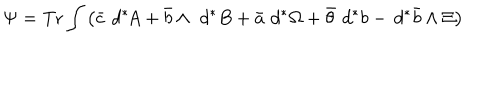
\Psi = \mathrm { T r } \int \left( \bar { c } \, \, d ^ { \ast } \! \! \, A + \bar { b } \wedge \, \, d ^ { \ast } \, \! B + \bar { a } \, \, d ^ { \ast } \! \, \Omega + \bar { \theta } \, \, d ^ { \ast } \, \! b - \, d ^ { \ast } \, \! \bar { b } \wedge \Xi \right)